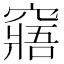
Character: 窹